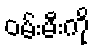
ဝမ်းမီးကို